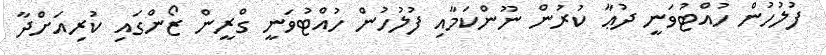
ފުލުހުން ހުއްޓުވަނީ ދުޢާ ކުރުން ނޫންކަމާއި ފުލުހުން ހުއްޓުވަނީ ގްރީން ޒޯންގައި ކުރިއަށްދާ